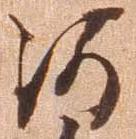
何